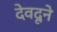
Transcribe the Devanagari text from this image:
देवदूने